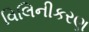
વિલિનીકરણ